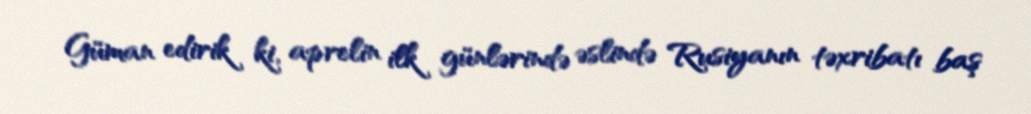
Güman edirik ki, aprelin ilk günlərində əslində Rusiyanın təxribatı baş